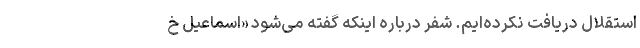
استقلال دریافت نکرده‌ایم. شفر درباره اینکه گفته می‌شود «اسماعیل خ